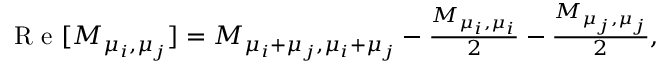
\begin{array} { r } { \mathrm { ~ R ~ e ~ } [ M _ { \mu _ { i } , \mu _ { j } } ] = M _ { \mu _ { i } + \mu _ { j } , \mu _ { i } + \mu _ { j } } - \frac { M _ { \mu _ { i } , \mu _ { i } } } { 2 } - \frac { M _ { \mu _ { j } , \mu _ { j } } } { 2 } , } \end{array}